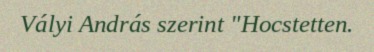
Vályi András szerint "Hocstetten.